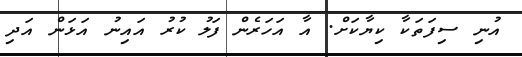
އުނި ސިފަތަކާ ކިޔާކަށް. އާ އަހަރެން ފަލު ކުރު އައިނު އަޅަން އަދި